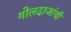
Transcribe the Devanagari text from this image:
गोलदाजांची